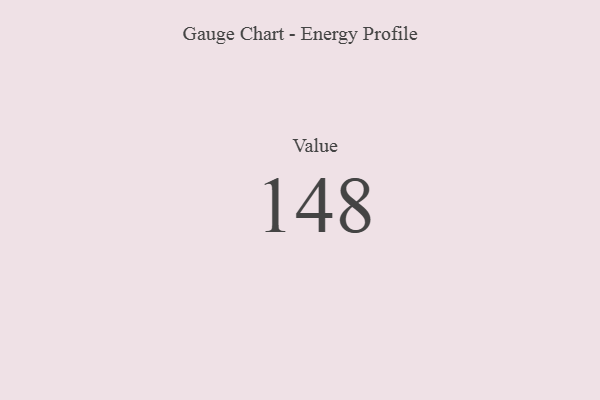
{"axis": {"x": "Metric", "y": "Value"}, "legend": [""], "data": [{"x": "Value", "y": 148, "type": ""}]}